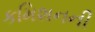
કમિશનની